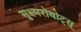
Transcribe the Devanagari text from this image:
सुक्ष्मरोबोट्स्